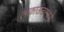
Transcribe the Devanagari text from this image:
एनकाऊंटरमध्ये